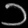
Digit: ၁